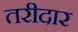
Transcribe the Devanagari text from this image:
तरीदार